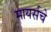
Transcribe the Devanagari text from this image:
मायर्सचे